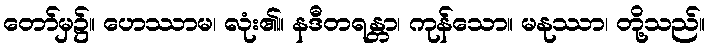
တော်မှ၌။ ဟေဿာမ၊ လုံး၏။ နဒီတရန္တာ၊ ကုန်သော။ မနုဿာ၊ တို့သည်။